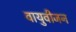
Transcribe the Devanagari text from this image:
वायुवीजन